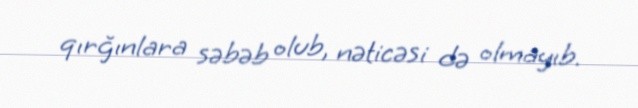
qırğınlara səbəb olub, nəticəsi də olmayıb.